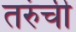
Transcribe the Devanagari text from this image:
तरुंची